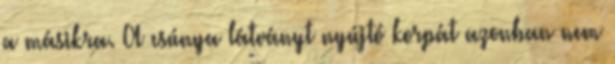
a másikra. A csúnya látványt nyújtó korpát azonban nem